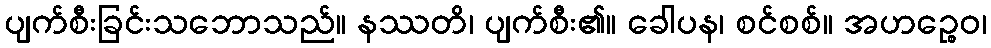
ပျက်စီးခြင်းသဘောသည်။ နဿတိ၊ ပျက်စီး၏။ ခေါပန၊ စင်စစ်။ အဟဉ္စေဝ၊